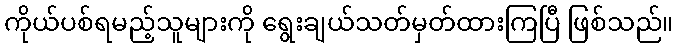
ကိုယ်ပစ်ရမည့်သူများကို ရွေးချယ်သတ်မှတ်ထားကြပြီ ဖြစ်သည်။